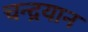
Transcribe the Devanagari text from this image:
चन्‍द्रयान